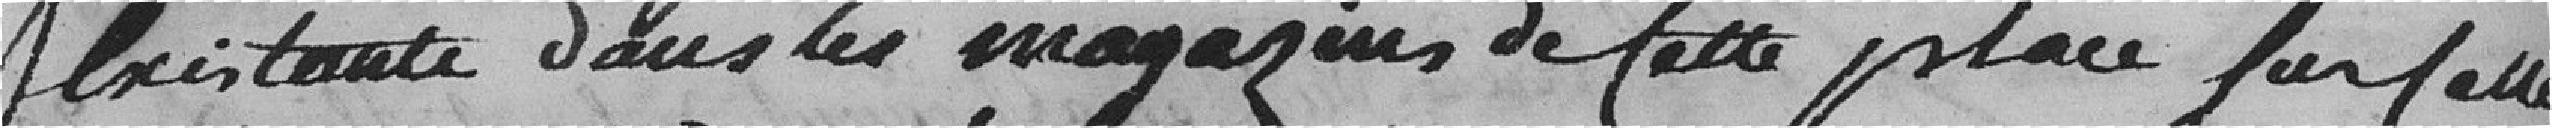
existantes dans les magasins de cette place sur celle